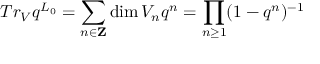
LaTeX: T r _ { V } q ^ { L _ { 0 } } = \sum _ { n \in \mathbf { Z } } \dim V _ { n } q ^ { n } = \prod _ { n \geq 1 } ( 1 - q ^ { n } ) ^ { - 1 }